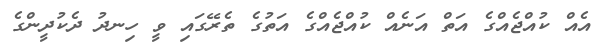
އެއް ކުއްޖެއްގެ އަތް އަނެއް ކުއްޖެއްގެ އަތުގެ ތެރޭގައި ވީ ހިނދު ދެކުދީންގެ